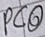
Text: PCO